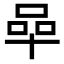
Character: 𠵀